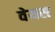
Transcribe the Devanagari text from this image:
वेयस